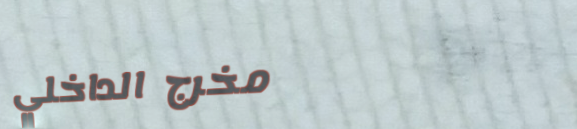
مخرج الداخلي